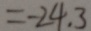
= - 2 4 . 3